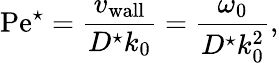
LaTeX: \mathrm{Pe}^{\star}=\frac{{v_{\mathrm{wall}}}}{D^{\star}k_{0}}=\frac{\omega_{0}}{D^{\star}k_{0}^{2}},